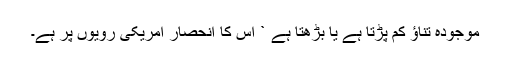
موجودہ تناﺅ کم پڑتا ہے یا بڑھتا ہے ` اس کا انحصار امریکی رویوں پر ہے۔